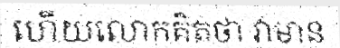
ហើយលោកគិតថា វាមាន